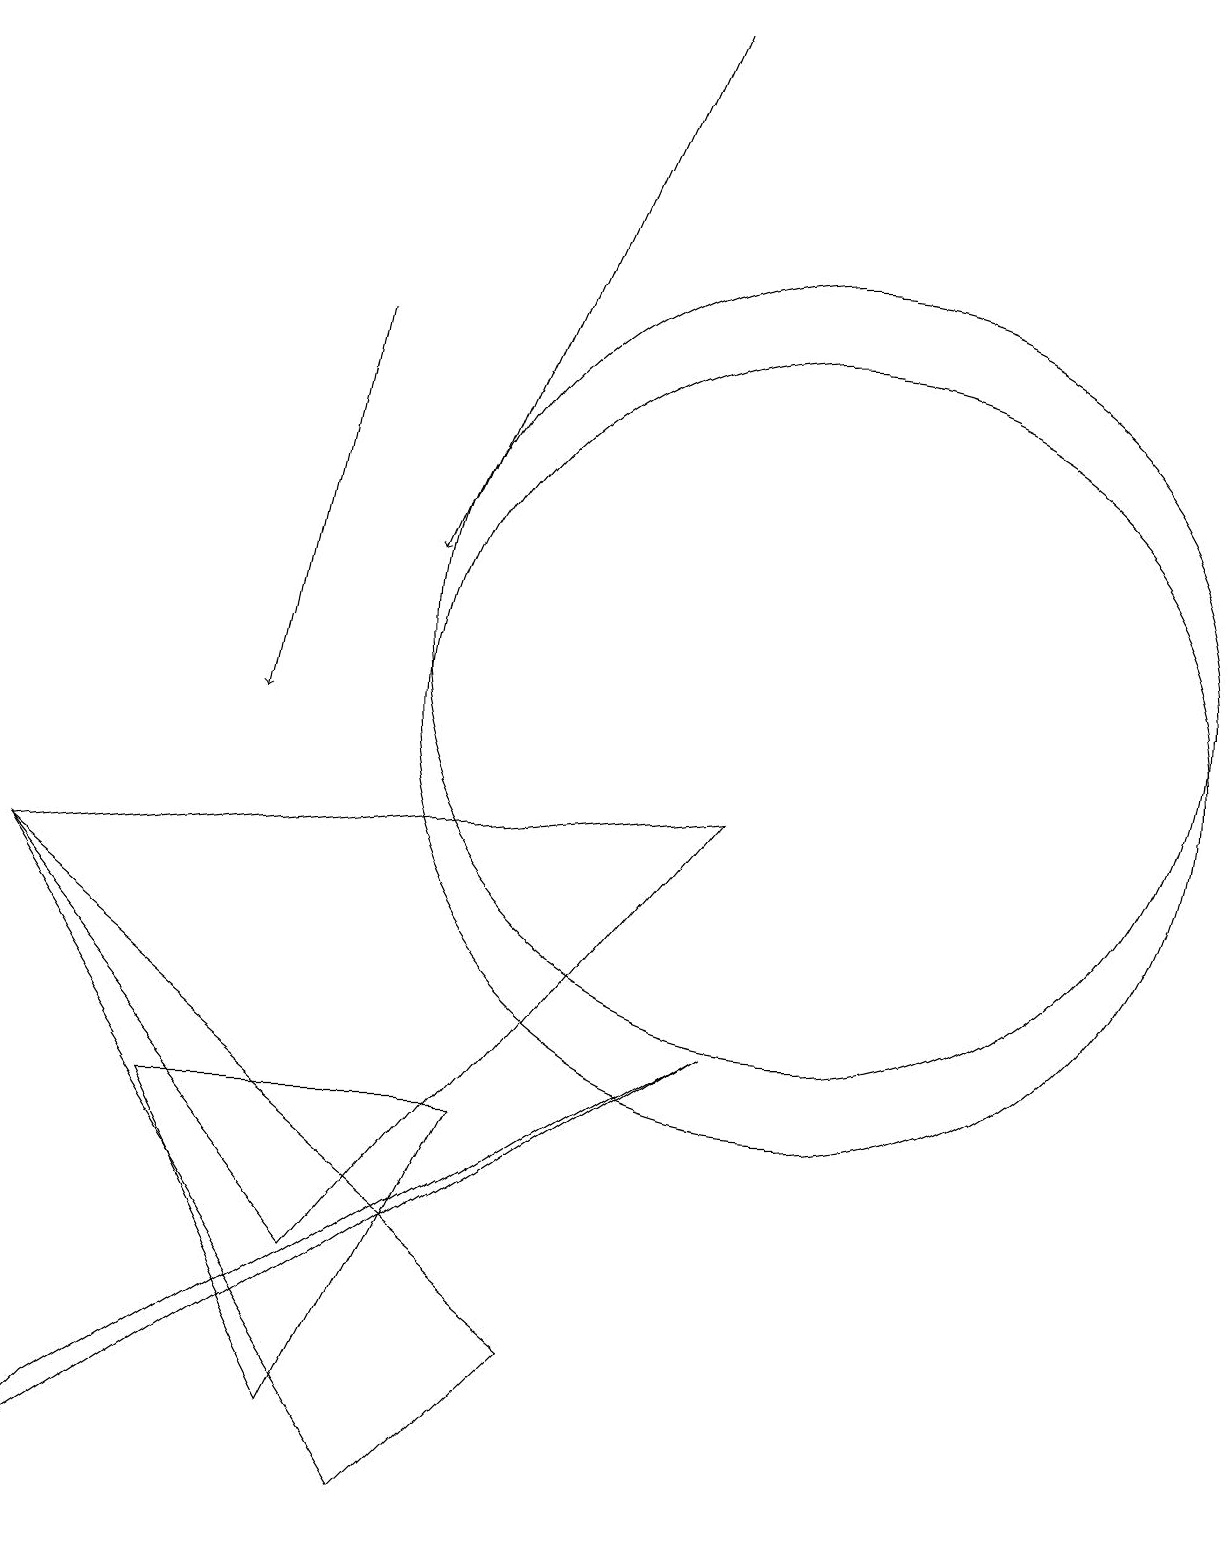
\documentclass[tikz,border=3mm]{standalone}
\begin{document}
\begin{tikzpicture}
\draw (10,11) circle (5);
\draw (0,8) -- (5,0) -- (7,2) -- cycle;
\draw (0,8) -- (4,3) -- (9,9) -- cycle;
\draw[->] (8,19) -- (5,12);
\draw (10,10) circle (5);
\draw[->] (4,15) -- (3,10);
\draw (6,5) -- (4,1) -- (2,5) -- cycle;
\draw (9,6) -- (1,1) -- (0,0) -- cycle;
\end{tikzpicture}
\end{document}